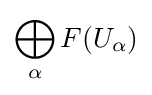
\bigoplus _{\alpha }F(U_{\alpha })